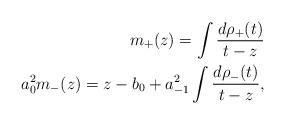
LaTeX: \begin{align*}m_+(z) = \int \frac{d\rho_+(t)}{t-z} \\a_0^2 m_-(z) = z-b_0 + a_{-1}^2 \int \frac{d\rho_-(t)}{t-z} ,\end{align*}